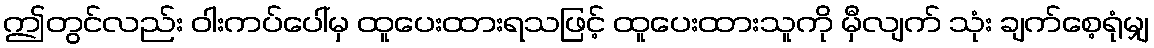
ဤတွင်လည်း ဝါးကပ်ပေါ်မှ ထူပေးထားရသဖြင့် ထူပေးထားသူကို မှီလျက် သုံး ချက်စေ့ရုံမျှ